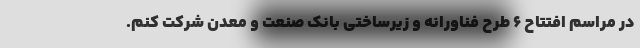
در مراسم افتتاح ۶ طرح فناورانه و زیرساختی بانک صنعت و معدن شرکت کنم.